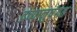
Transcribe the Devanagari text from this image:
द्रव्यानुषंगत